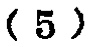
\((5)\)